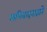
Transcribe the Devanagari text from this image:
अभिवादनाद्वारे